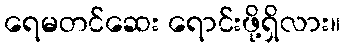
ရေမတင်ဆေး ရောင်းဖို့ရှိလား။